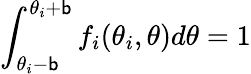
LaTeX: \int_{\theta_{i}-\mathsf{b}}^{\theta_{i}+\mathsf{b}}f_{i}(\theta_{i},\theta)d\theta=1